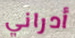
أدراني